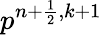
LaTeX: p^{n+\frac{1}{2},k+1}